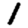
Digit: 1